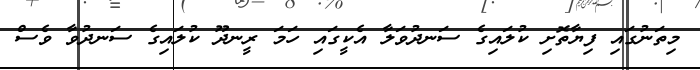
މިތަނުގައި ފިޔާތޮށި ކުލައިގެ ސަނދުވަލާ އެކީގައި ހަމަ ރީނދޫ ކުލައިގެ ސަނދުވާ ވެސް